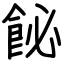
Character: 飶